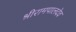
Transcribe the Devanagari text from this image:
श्रीरामपालदेव